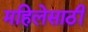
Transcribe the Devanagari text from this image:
महिलेसाठी